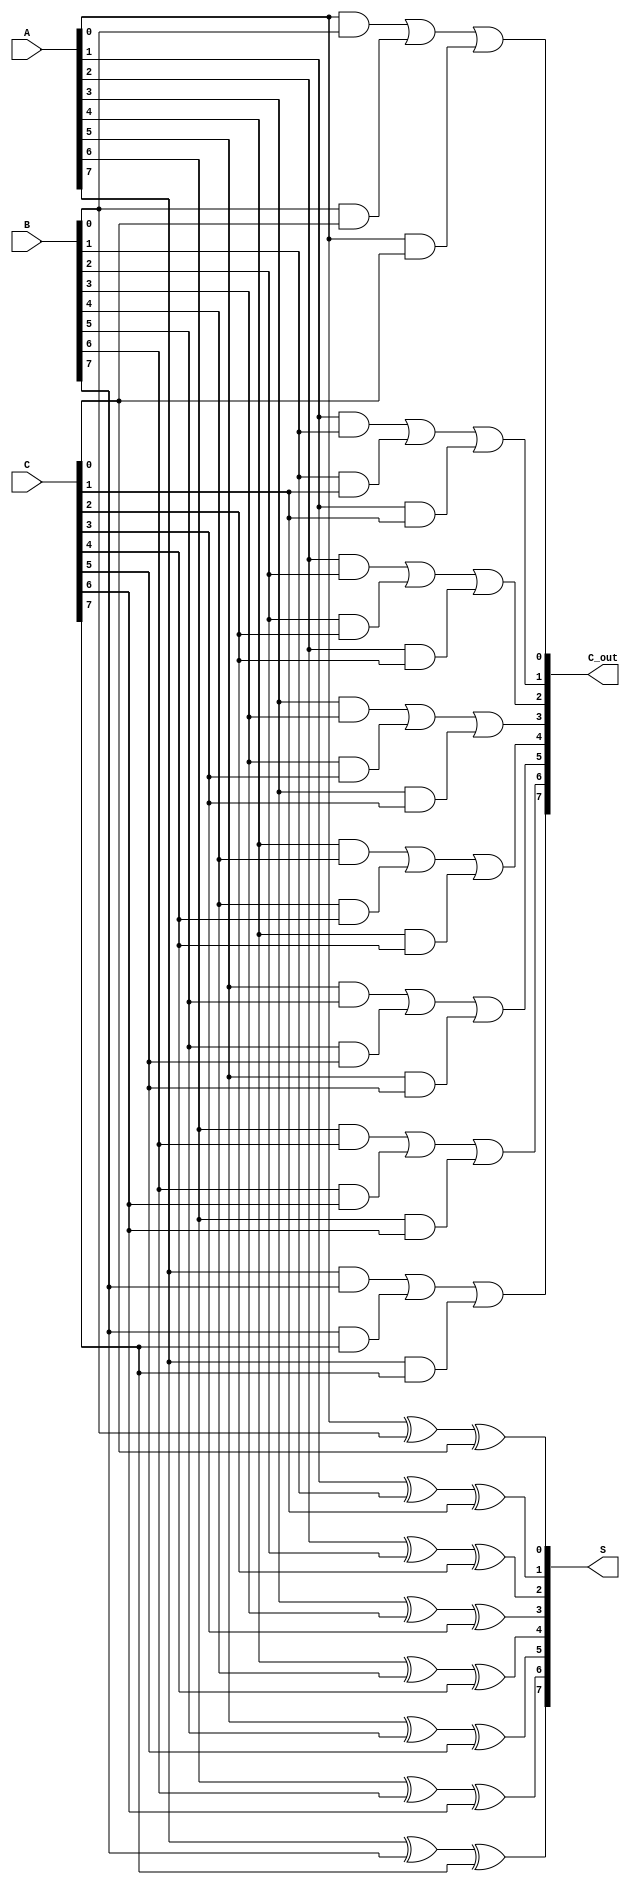
module CarrySaveAdder #(parameter n = 8) (
    input  [n-1:0] A,
    input  [n-1:0] B,
    input  [n-1:0] C,
    output [n-1:0] S,
    output [n-1:0] C_out
);
    // Generate the Sum output using XOR gates
    genvar i;
    generate
        for (i = 0; i < n; i = i + 1) begin: sum_generation
            assign S[i] = A[i] ^ B[i] ^ C[i];
        end
    endgenerate

    // Generate the Carry output using AND and OR gates
    generate
        for (i = 0; i < n; i = i + 1) begin: carry_generation
            assign C_out[i] = (A[i] & B[i]) | (B[i] & C[i]) | (A[i] & C[i]);
        end
    endgenerate

endmodule